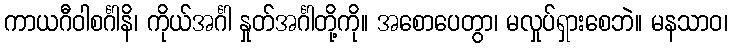
ကာယဂီဝါစင်္ဂါနိ၊ ကိုယ်အင်္ဂါ နှုတ်အင်္ဂါတို့ကို။ အစောပေတွာ၊ မလှုပ်ရှားစေဘဲ။ မနသာဝ၊